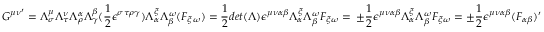
{ G ^ { \mu \nu } } ^ { \prime } = \Lambda _ { \sigma } ^ { \mu } \Lambda _ { \tau } ^ { \nu } \Lambda _ { \rho } ^ { \alpha } \Lambda _ { \gamma } ^ { \beta } ( \frac { 1 } { 2 } \epsilon ^ { \sigma \tau \rho \gamma } ) \Lambda _ { \alpha } ^ { \xi } \Lambda _ { \beta } ^ { \omega } ( F _ { \xi \omega } ) = \frac { 1 } { 2 } d e t ( \Lambda ) \epsilon ^ { \mu \nu \alpha \beta } \Lambda _ { \alpha } ^ { \xi } \Lambda _ { \beta } ^ { \omega } F _ { \xi \omega } = \, \pm \frac { 1 } { 2 } \epsilon ^ { \mu \nu \alpha \beta } \Lambda _ { \alpha } ^ { \xi } \Lambda _ { \beta } ^ { \omega } F _ { \xi \omega } = \pm \frac { 1 } { 2 } \epsilon ^ { \mu \nu \alpha \beta } ( F _ { \alpha \beta } ) ^ { \prime }